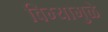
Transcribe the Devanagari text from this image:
विम्यामुळे